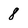
Character: 8